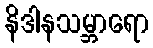
နိဒါနသမ္ဘာရော